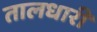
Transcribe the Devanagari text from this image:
तालधारी